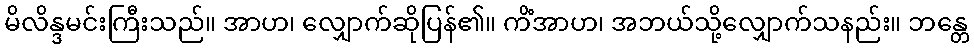
မိလိန္ဒမင်းကြီးသည်။ အာဟ၊ လျှောက်ဆိုပြန်၏။ ကိံအာဟ၊ အဘယ်သို့လျှောက်သနည်း။ ဘန္တေ